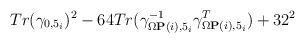
\begin{align*}Tr(\gamma_{0,5_i})^2 - 64Tr(\gamma^{-1}_{\Omega{\bf P}(i),5_i}\gamma^T_{\Omega{\bf P}(i),5_i}) + 32^2\end{align*}